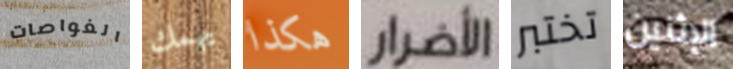
الغواصات يهمك هكذا الأضرار تختبر الإثنين